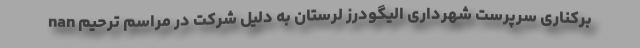
nan برکناری سرپرست شهرداری الیگودرز لرستان به دلیل شرکت در مراسم ترحیم